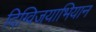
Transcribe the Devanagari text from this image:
दिग्विजयाभियान